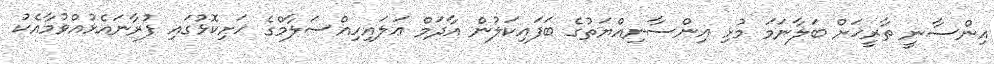
އިންސާނީ ތާރީޚަށް ބަލާނަމަ މުޅި އިންސާނިއްޔަތުގެ ބަފައިކަލުން އާދަމް ޢަލައިހިއްސަލާމްގެ ހަށިކޮޅުގައި ފުރާނައެޅުއްވުމާއެކު